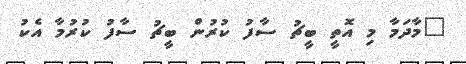
"މާދަމާ މި އޮތީ ބީޗު ސާފު ކުރުން ބީޗު ސާފު ކުރުމާ އެކު